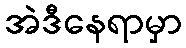
အဲဒီနေရာမှာ